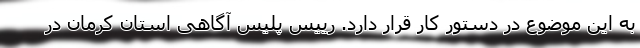
به این موضوع در دستور کار قرار دارد. رییس پلیس آگاهی استان کرمان در